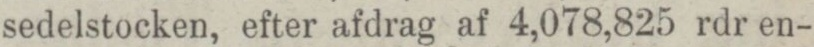
sedelstocken, efter afdrag af 4,078,825 rdr en-